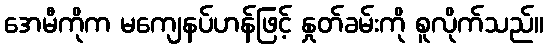
အေမီကိုက မကျေနပ်ဟန်ဖြင့် နှုတ်ခမ်းကို စူလိုက်သည်။